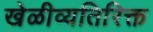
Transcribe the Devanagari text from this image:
खेळीव्यतिरिक्त